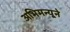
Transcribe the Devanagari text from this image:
अभिमन्यूने